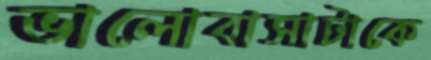
ভালোবাসাটাকে